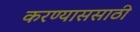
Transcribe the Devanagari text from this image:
करण्याससाठी